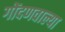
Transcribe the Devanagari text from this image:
गोंदणवाल्या